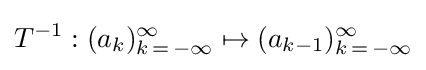
T^{-1}:(a_{k})_{k\,=\,-\infty }^{\infty }\mapsto (a_{k-1})_{k\,=\,-\infty }^{\infty }